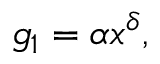
g _ { 1 } = \alpha x ^ { \delta } ,